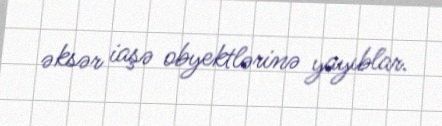
əksər iaşə obyektlərinə yayıblar.